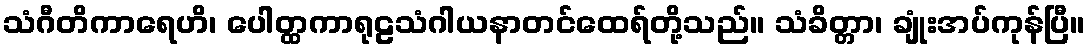
သံဂီတိကာရေဟိ၊ ပေါတ္ထကာရုဠသံဂါယနာတင်ထေရ်တို့သည်။ သံခိတ္တာ၊ ချုံးအပ်ကုန်ပြီ။